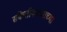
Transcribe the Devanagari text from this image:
संकेतीकरणाच्या